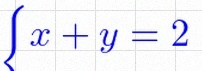
\begin{cases}x+y=2\\x-y=0\end{cases}